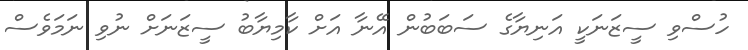
ހުސްވި ސީޒަނަކީ އަނިޔާގެ ސަބަބުން އޭނާ އަށް ކާމިޔާބު ސީޒަނަށް ނުވި ނަމަވެސް